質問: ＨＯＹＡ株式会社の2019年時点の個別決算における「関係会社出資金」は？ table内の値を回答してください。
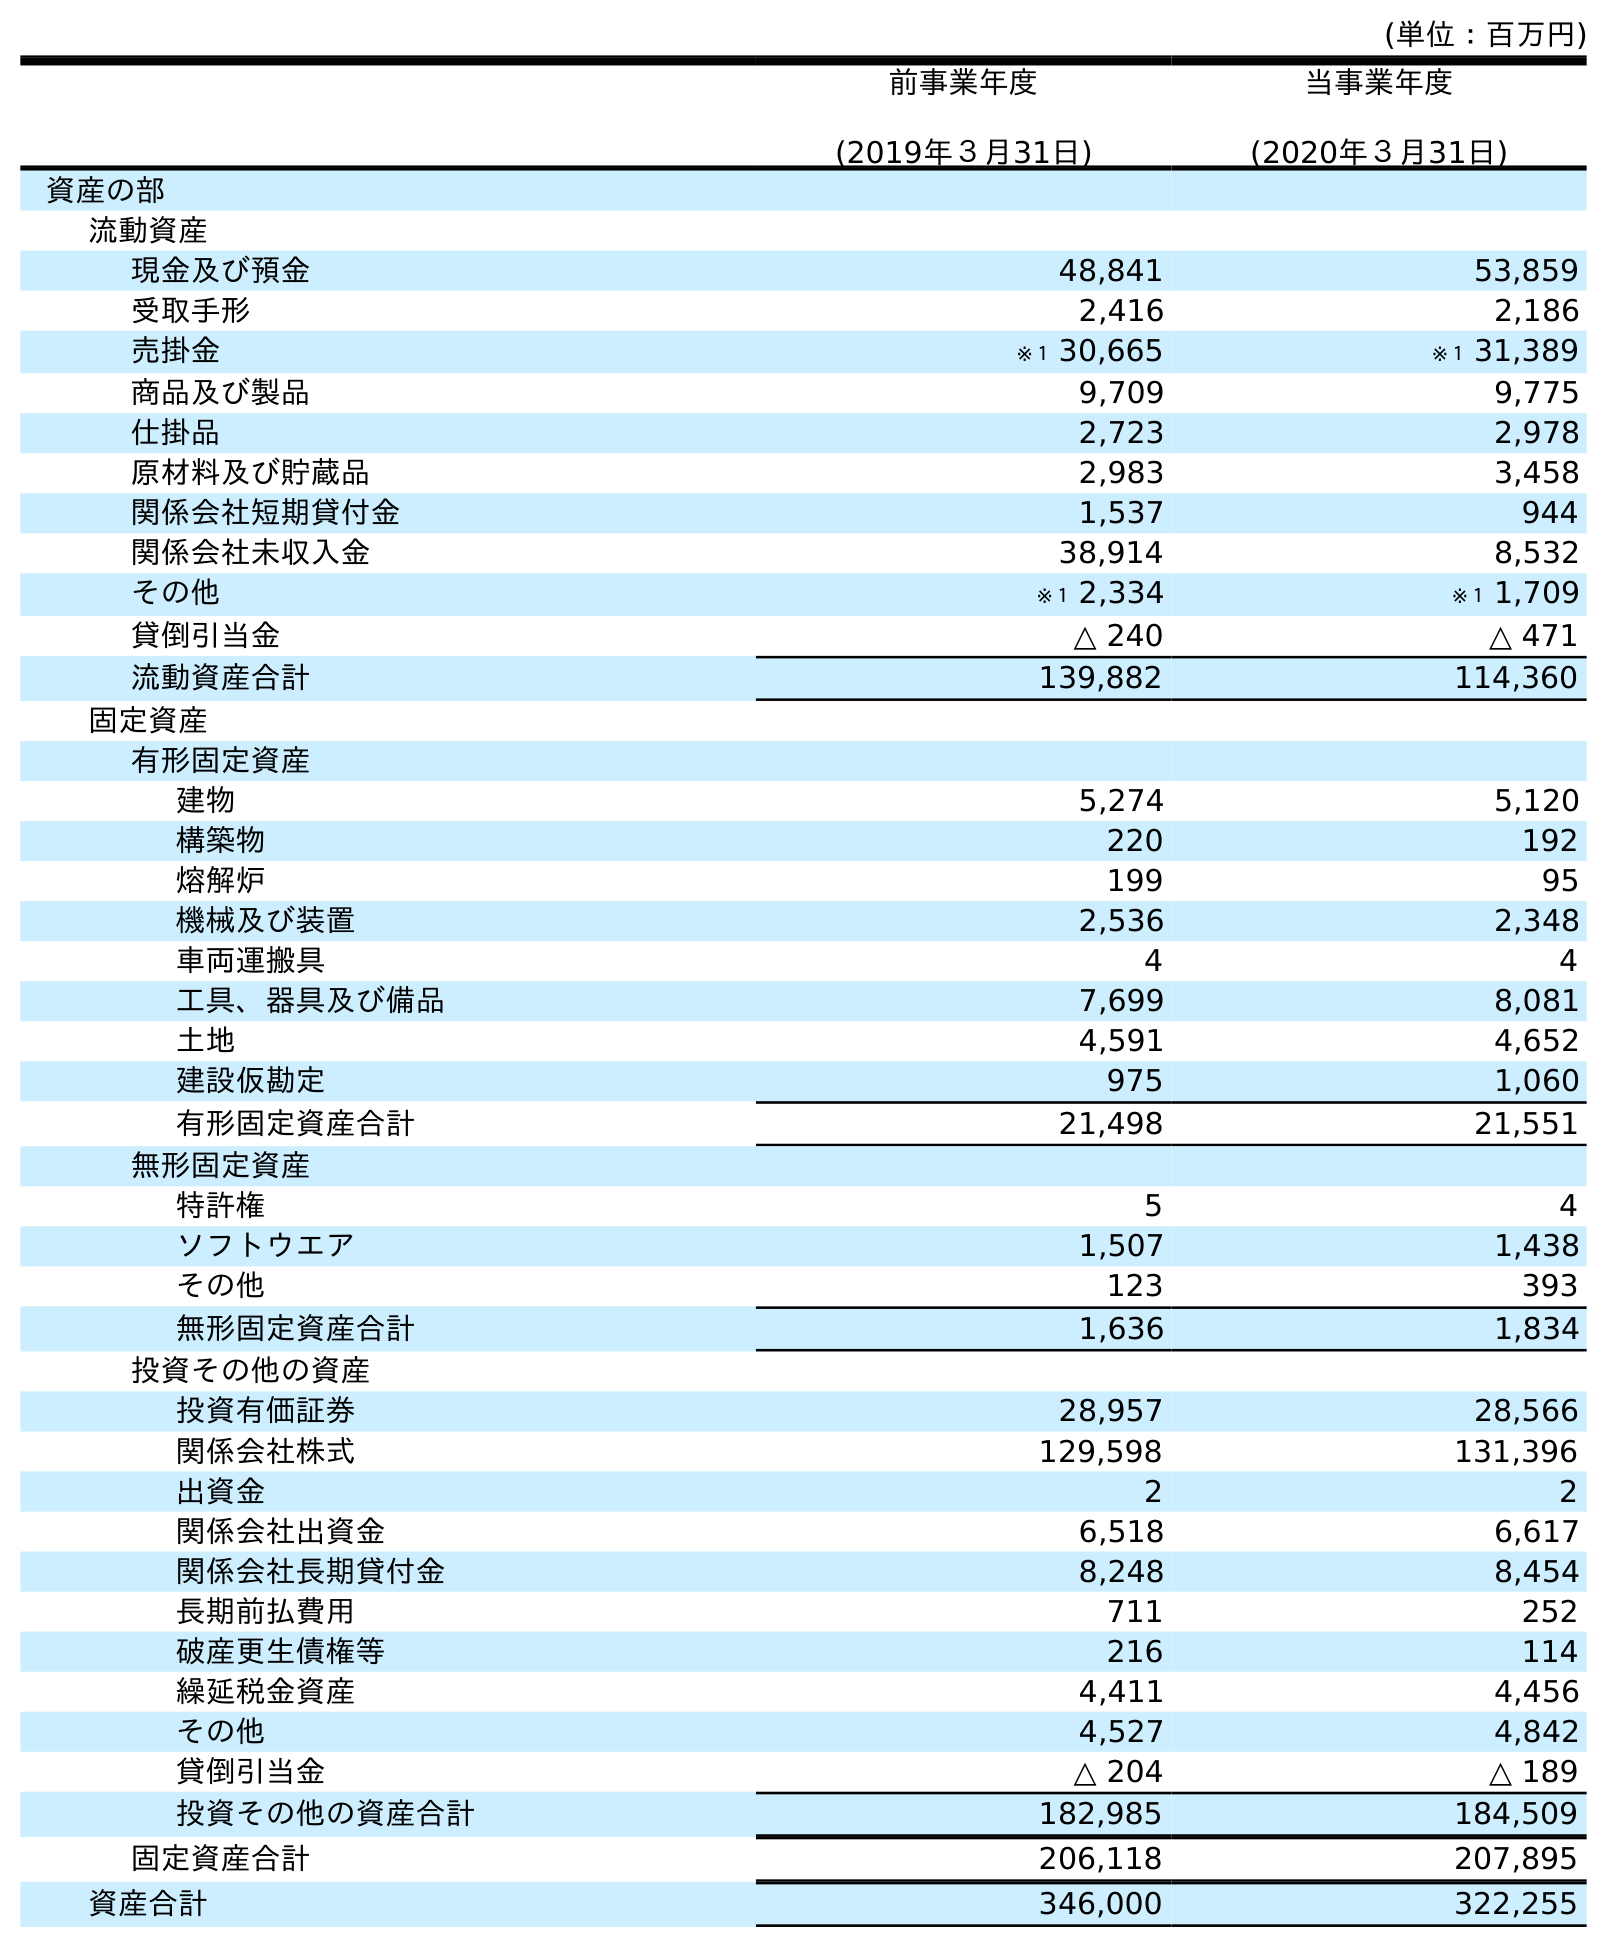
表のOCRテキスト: (単位：百万円) 前事業年度 (2019年３月31日) 当事業年度 (2020年３月31日) 資産の部 流動資産 現金及び預金 48,841 53,859 受取手形 2,416 2,186 売掛金 ※１ 30,665 ※１ 31,389 商品及び製品 9,709 9,775 仕掛品 2,723 2,978 原材料及び貯蔵品 2,983 3,458 関係会社短期貸付金 1,537 944 関係会社未収入金 38,914 8,532 その他 ※１ 2,334 ※１ 1,709 貸倒引当金 △ 240 △ 471 流動資産合計 139,882 114,360 固定資産 有形固定資産 建物 5,274 5,120 構築物 220 192 熔解炉 199 95 機械及び装置 2,536 2,348 車両運搬具 4 4 工具、器具及び備品 7,699 8,081 土地 4,591 4,652 建設仮勘定 975 1,060 有形固定資産合計 21,498 21,551 無形固定資産 特許権 5 4 ソフトウエア 1,507 1,438 その他 123 393 無形固定資産合計 1,636 1,834 投資その他の資産 投資有価証券 28,957 28,566 関係会社株式 129,598 131,396 出資金 2 2 関係会社出資金 6,518 6,617 関係会社長期貸付金 8,248 8,454 長期前払費用 711 252 破産更生債権等 216 114 繰延税金資産 4,411 4,456 その他 4,527 4,842 貸倒引当金 △ 204 △ 189 投資その他の資産合計 182,985 184,509 固定資産合計 206,118 207,895 資産合計 346,000 322,255
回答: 6,518